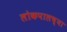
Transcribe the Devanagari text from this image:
लोकपालच्या